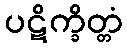
ပဋိက္ခိတ္တံ